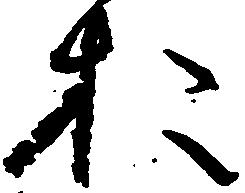
お